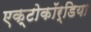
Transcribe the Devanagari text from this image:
एक्टोकॉर्डिया